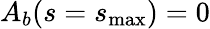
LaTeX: A_{b}(s=s_{\operatorname*{max}})=0